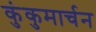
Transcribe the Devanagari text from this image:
कुंकुमार्चन